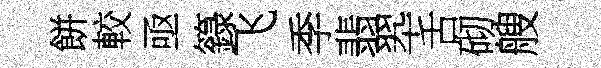
餅較亟籙飞季翡翆舌砌艘